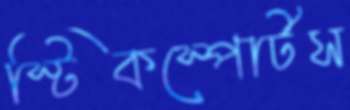
স্টিকস্পোর্টস